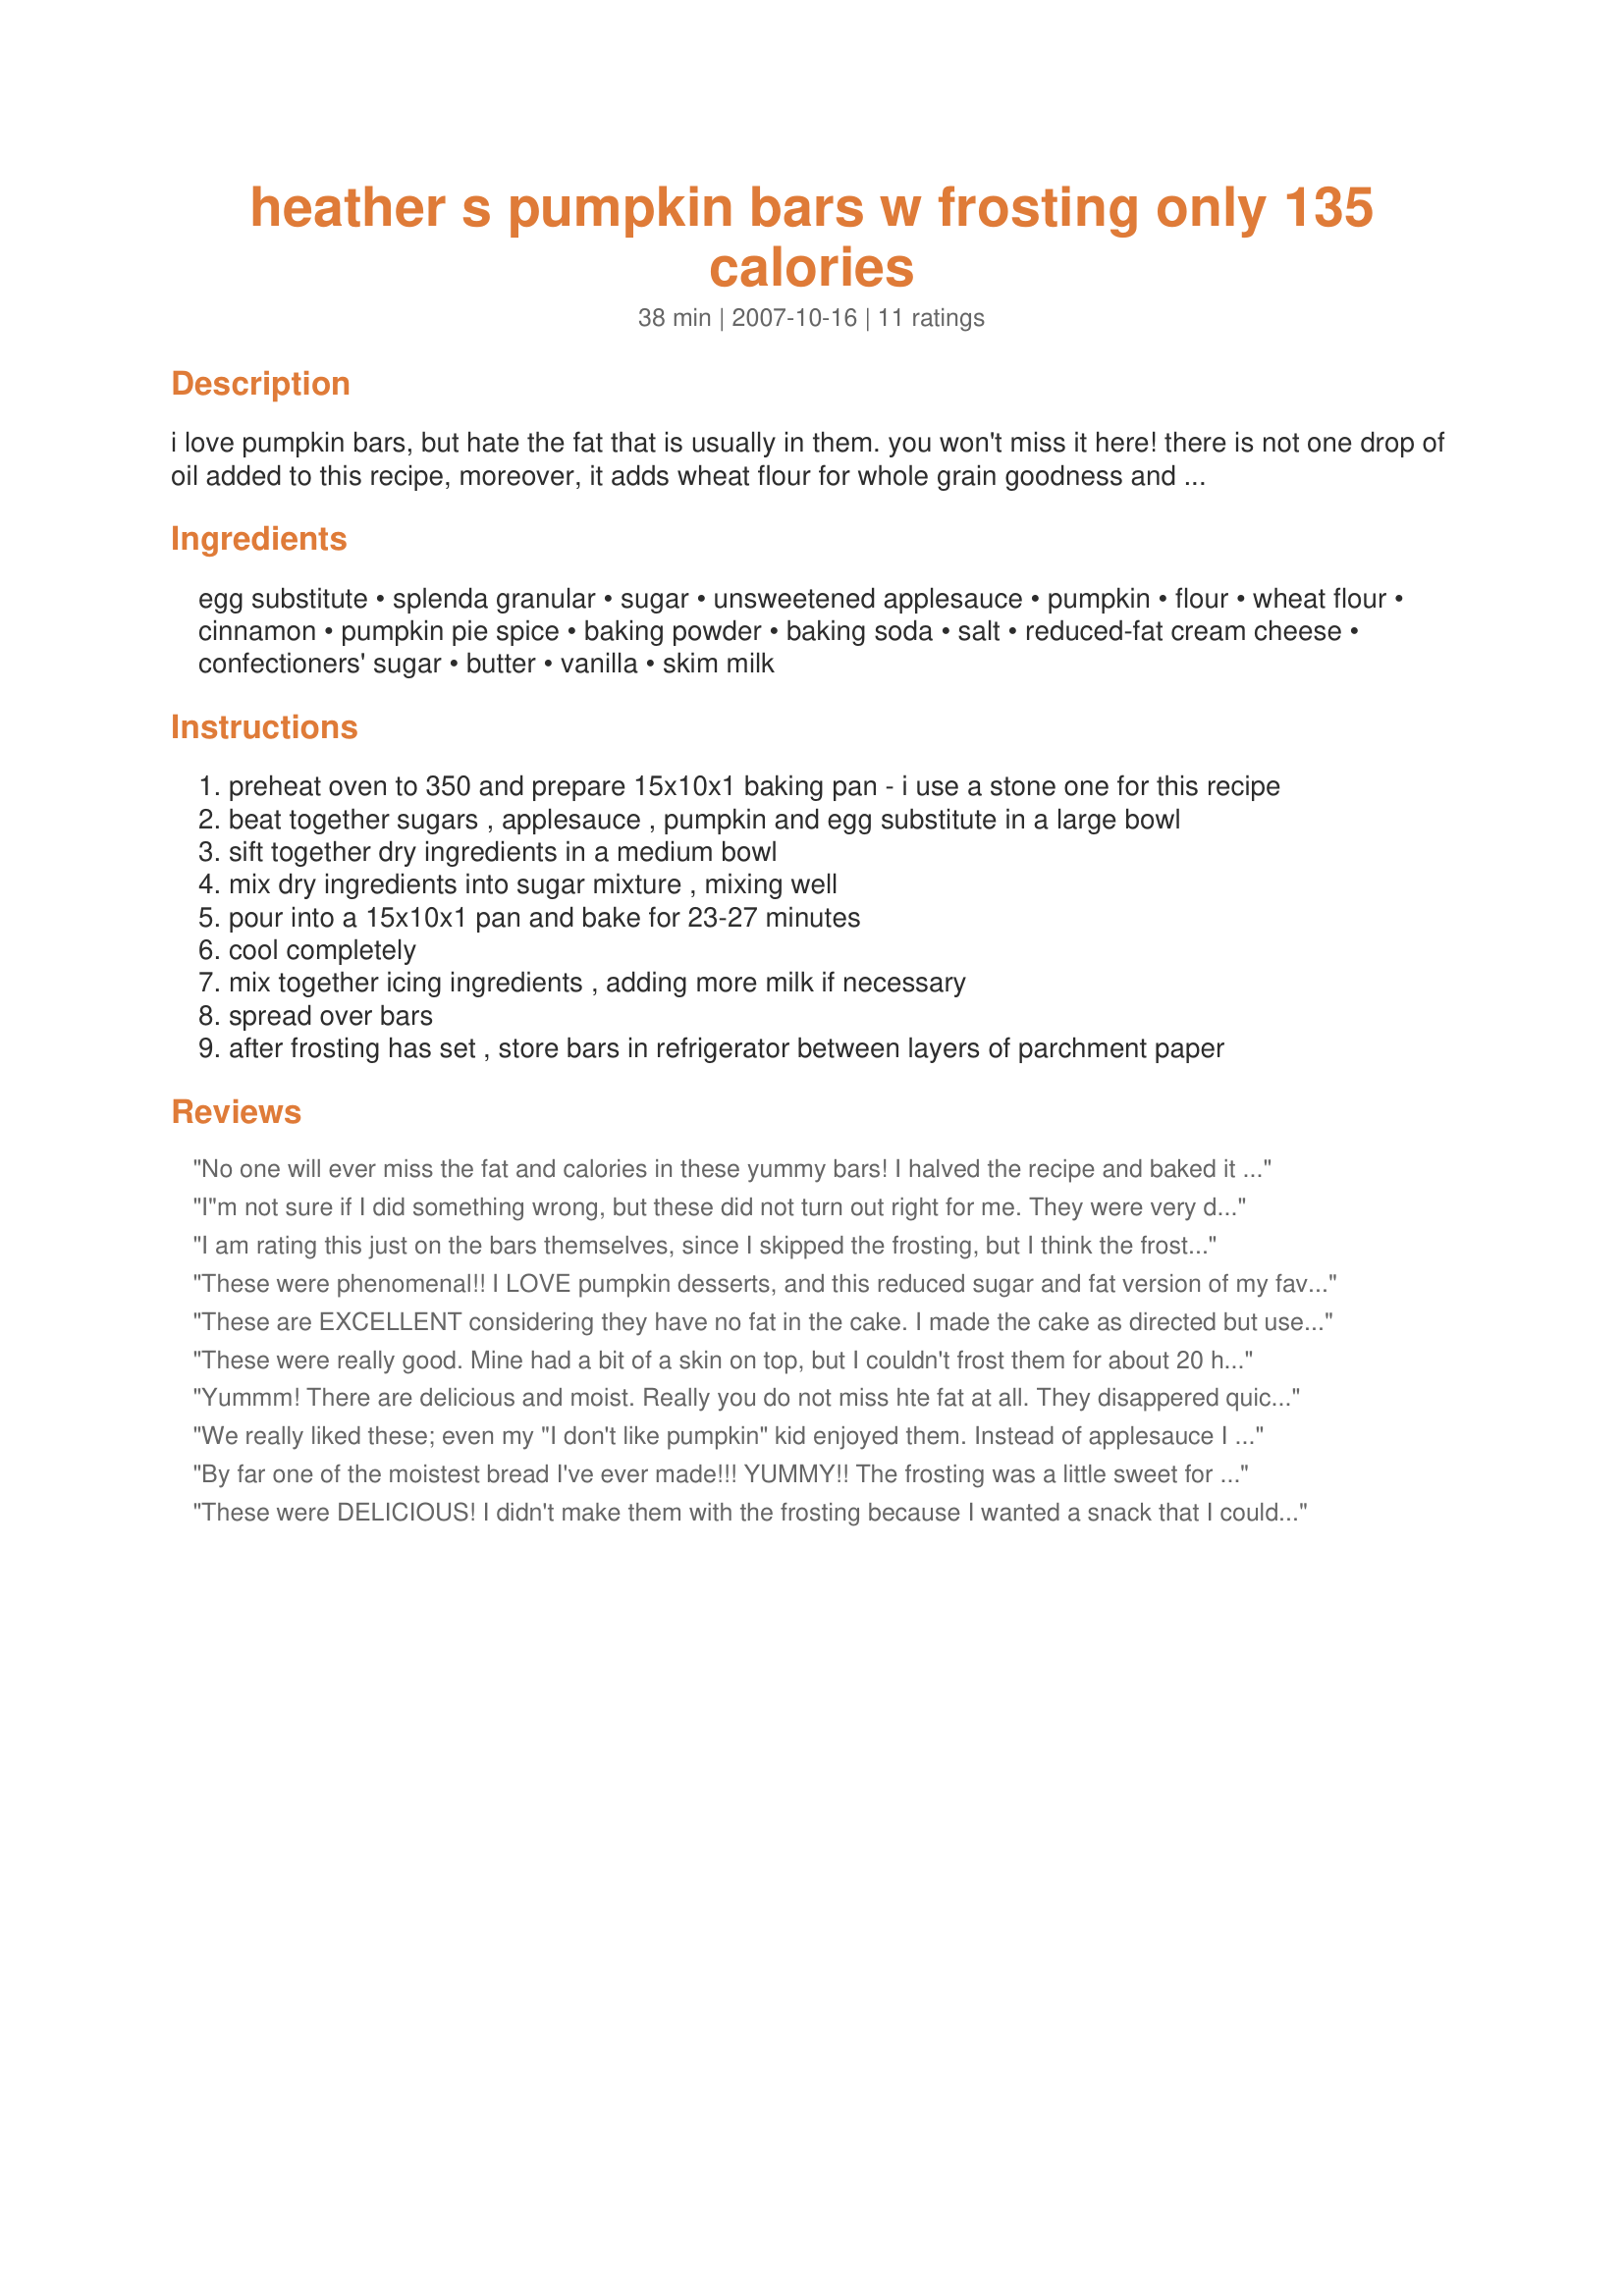
heather s pumpkin bars w frosting only 135 calories
Preparation time: 38 minutes

i love pumpkin bars, but hate the fat that is usually in them. you won't miss it here! there is not one drop of oil added to this recipe, moreover, it adds wheat flour for whole grain goodness and is reduced sugar. makes a great big ban pan and a very good sized serving, each serving contains less than 140 calories and only 2g of fat! fyi - only 77 calories each if you omit the frosting.

Ingredients:
egg substitute, splenda granular, sugar, unsweetened applesauce, pumpkin, flour, wheat flour, cinnamon, pumpkin pie spice, baking powder, baking soda, salt, reduced-fat cream cheese, confectioners' sugar, butter, vanilla, skim milk

Steps:
preheat oven to 350 and prepare 15x10x1 baking pan - i use a stone one for this recipe
beat together sugars , applesauce , pumpkin and egg substitute in a large bowl
sift together dry ingredients in a medium bowl
mix dry ingredients into sugar mixture , mixing well
pour into a 15x10x1 pan and bake for 23-27 minutes
cool completely
mix together icing ingredients , adding more milk if necessary
spread over bars
after frosting has set , store bars in refrigerator between layers of parchment paper

Reviews:
No one will ever miss the fat and calories in these yummy bars! I halved the recipe and baked it in a square glass dish. They baked up firm and yet moist with the perfect blend of spices. They won't last long here! Thanks Brooke. MERP'd for 1-2-3 Hit Wonders.
I"m not sure if I did something wrong, but these did not turn out right for me. They were very dense and tasted a little bland. They were worth the try and I may do so again later on. Thanks so much for posting, because they look yummy and everyone else seems to enjoy them without any problems!
I am rating this just on the bars themselves, since I skipped the frosting, but I think the frosting would be overkill :) The bars are very moist and flavorful. I added some pepitas (green pumpkin seeds) to the top before baking, for added texture. I will be making this again!
These were phenomenal!! I LOVE pumpkin desserts, and this reduced sugar and fat version of my favorite treat was enjoyed by my entire family. This was moist and delicious... I did not miss the fat or calories at all!! Thanks so much for a guilt-free treat, I will make this often!!
These are EXCELLENT considering they have no fat in the cake. I made the cake as directed but used 2 eggs and enough whites to make 1 cup. I used neufchatel and Splenda granular in the icing. The cake has a nice spicy flavor but is a bit rubbery. I baked this in a greased 13x9 glass baking dish for 34 minutes. Everyone at my work really enjoyed these lite pumpkin bars! Made for the Please Review game.
These were really good. Mine had a bit of a skin on top, but I couldn't frost them for about 20 hours and I forgot to cover it, so I think that may have been my fault. I'm so glad I picked this for ZWT4: Zingo because I tend to go for full-fat versions and don't give the healthier ones a shot. I'll have to give more of them a try!
Yummm! There are delicious and moist. Really you do not miss hte fat at all. They disappered quickly when my kids had their friends over! Reviewed for the PleaseReviewMy Recipe Tag game. Will definitiely make theseagain.
We really liked these; even my "I don't like pumpkin" kid enjoyed them. Instead of applesauce I used a cup of Recipe#397373 so mine were super squash-y tasting. Very moist and always looked a tad underdone, but really good with the frosting.
By far one of the moistest bread I've ever made!!! YUMMY!! The frosting was a little sweet for me. Next time I think I"ll lessen the powdered sugar & increase the milk/cream cheese for more of a glaze than frosting. I halved this recipe easily and baked in my 8x8 pyrex, less about 5 minutes from original recipe, until toothpick tested done. A keeper!
These were DELICIOUS! I didn't make them with the frosting because I wanted a snack that I could freeze. I actually halved the recipe and made them in muffins tins for this purpose. Now they are individually portioned and perfect for an on-the-go snack! So tasty, healthy and easy!
These bars were really good. My kids really liked them. I didn't add the icing because they smelled so good we couldn't wait to eat them :) Actually I thought I had cream cheese but I didn't so we ate them without. We don't think you really need the icing- they were great without it.
